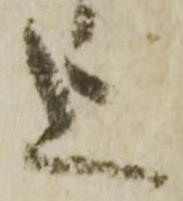
上